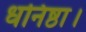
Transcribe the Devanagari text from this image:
धनिष्ठा।